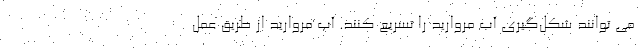
می توانند شکل‌گیری آب مروارید را تسریع کنند. آب مروارید از طریق عمل